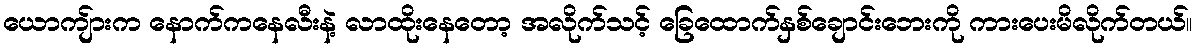
ယောကျ်ားက နောက်ကနေလီးနဲ့ လာထိုးနေတော့ အလိုက်သင့် ခြေထောက်နှစ်ချောင်းဘေးကို ကားပေးမိလိုက်တယ်။